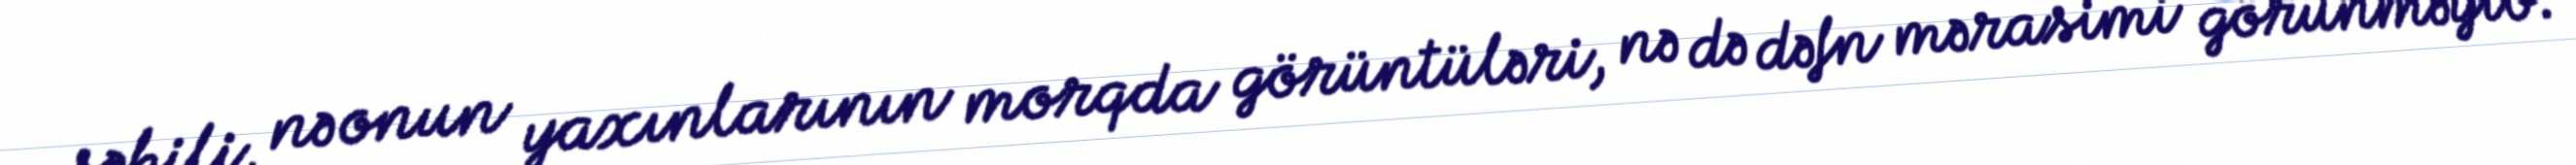
şəkili, nə onun yaxınlarının morqda görüntüləri, nə də dəfn mərasimi görünməyib.